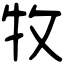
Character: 牧